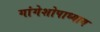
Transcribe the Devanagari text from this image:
गांगेशोपाध्याय